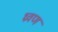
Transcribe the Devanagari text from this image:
ध्रवण